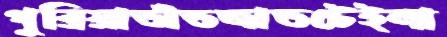
গুরিয়াতাঁতজাতটেইলা